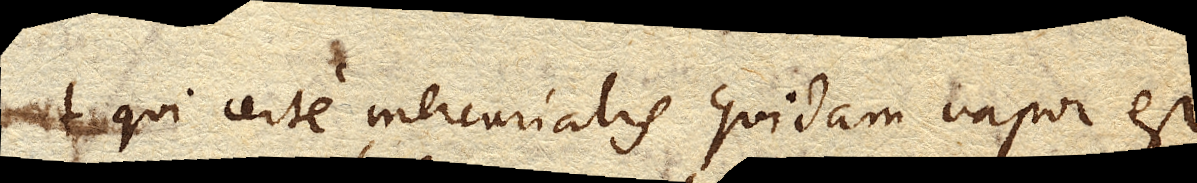
qui certe mercurialis quidam vapor est